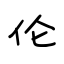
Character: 伦